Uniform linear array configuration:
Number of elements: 4
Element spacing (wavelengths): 0.75
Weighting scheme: cosine
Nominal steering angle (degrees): -45
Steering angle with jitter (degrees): -43.829
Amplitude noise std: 0.05
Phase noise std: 0.05

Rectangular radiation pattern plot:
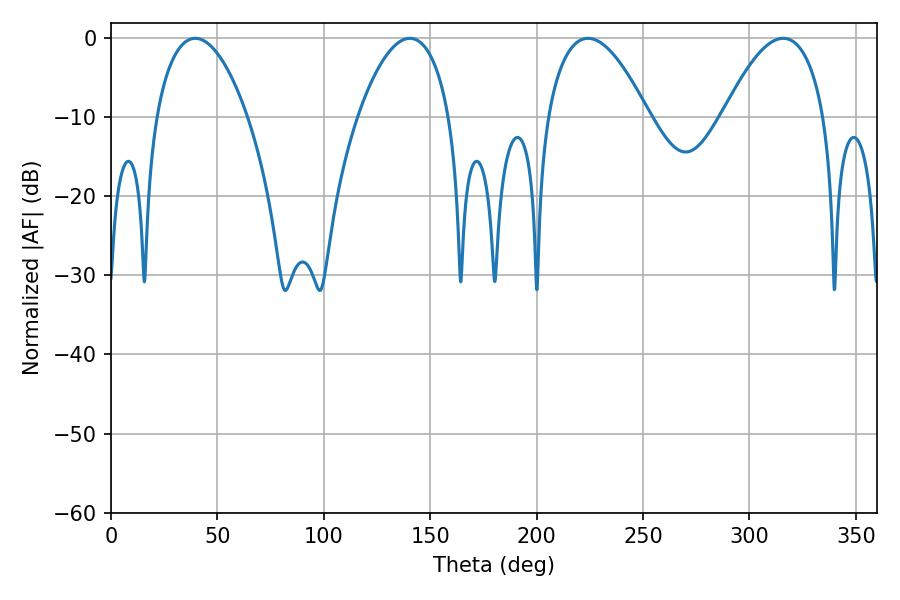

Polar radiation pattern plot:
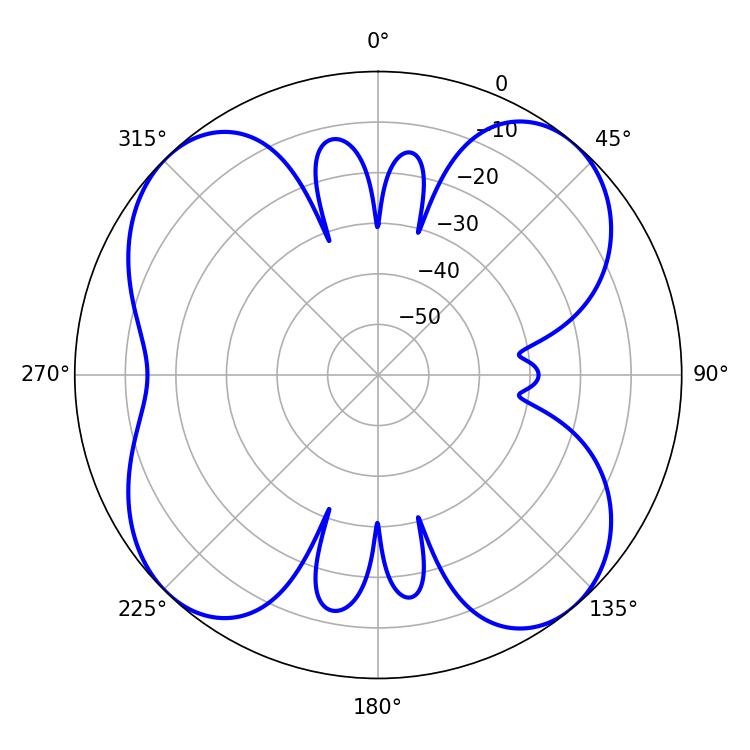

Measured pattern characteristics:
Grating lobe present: TRUE
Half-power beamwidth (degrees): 26.28
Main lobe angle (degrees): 224.1